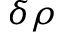
\delta \rho